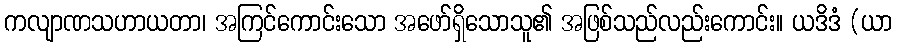
ကလျာဏသဟာယတာ၊ အကြင်ကောင်းသော အဖော်ရှိသောသူ၏ အဖြစ်သည်လည်းကောင်း။ ယဒိဒံ (ယာ